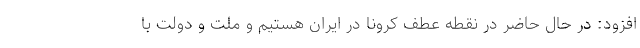
افزود: در حال حاضر در نقطه عطف کرونا در ایران هستیم و ملت و دولت با